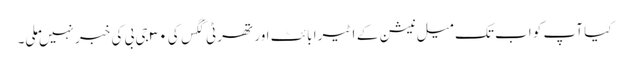
کیا آپ کو اب تک میل نیشن کے ۱ ٹیرا بائٹ اور تھرٹی گگس کی ۳۰ جی بی کی خبر نہیں ملی۔